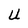
Character: U